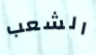
الشعب